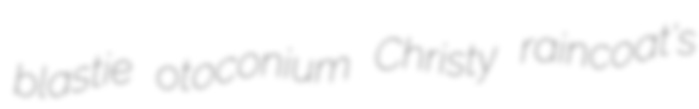
blastie otoconium Christy raincoat's